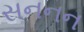
સનનન